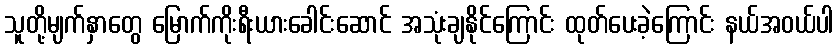
သူတို့မျက်နှာတွေ မြောက်ကိုးရီးယားခေါင်းဆောင် အသုံးချနိုင်ကြောင်း ထုတ်ပေးခဲ့ကြောင်း နယ်အဝယ်ပါ